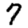
Digit: 7